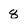
Character: 8